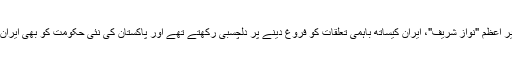
انہوں نے مزید کہا کہ پاکستان کے سابق وزیر اعظم "نواز شریف"، ایران کیساتھ باہمی تعلقات کو فروغ دینے پر دلچسبی رکھتے تھے اور پاکستان کی نئی حکومت کو بھی ایران کیساتھ تعلقات کا سلسلہ جاری رکھنا چاہیے۔